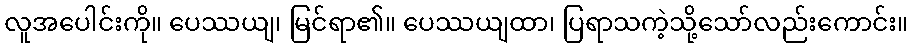
လူအပေါင်းကို။ ပေဿယျ၊ မြင်ရာ၏။ ပေဿယျထာ၊ ပြရာသကဲ့သို့သော်လည်းကောင်း။